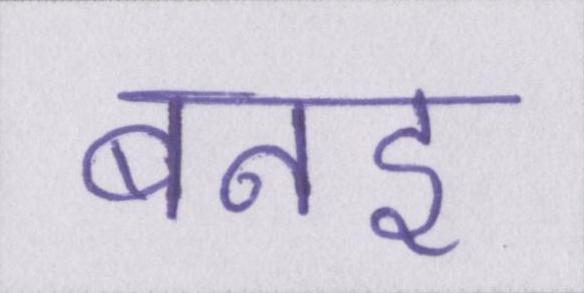
बनइ